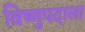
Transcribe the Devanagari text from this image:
विष्णुपदाला